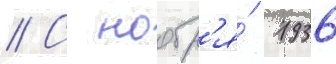
// С ноабр'я́ 1936